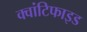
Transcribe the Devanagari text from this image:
क्वांटिफाइड